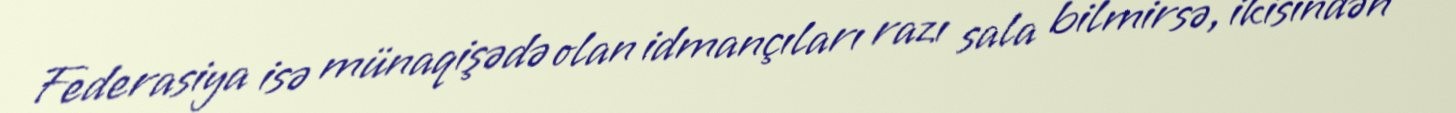
Federasiya isə münaqişədə olan idmançıları razı sala bilmirsə, ikisindən